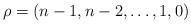
LaTeX: \begin{align*}\rho=(n - 1, n - 2, \dots, 1, 0)\end{align*}